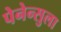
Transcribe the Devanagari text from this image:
पेनेन्सुला